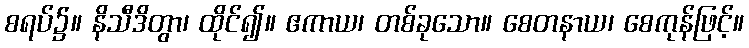
စရပ်၌။ နိသီဒိတွာ၊ ထိုင်၍။ ဧကာယ၊ တစ်ခုသော။ စေတနာယ၊ စေကုန်ဖြင့်။